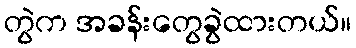
တွဲက အခန်းတွေခွဲထားတယ်။